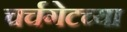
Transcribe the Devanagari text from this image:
चर्चगेटच्या